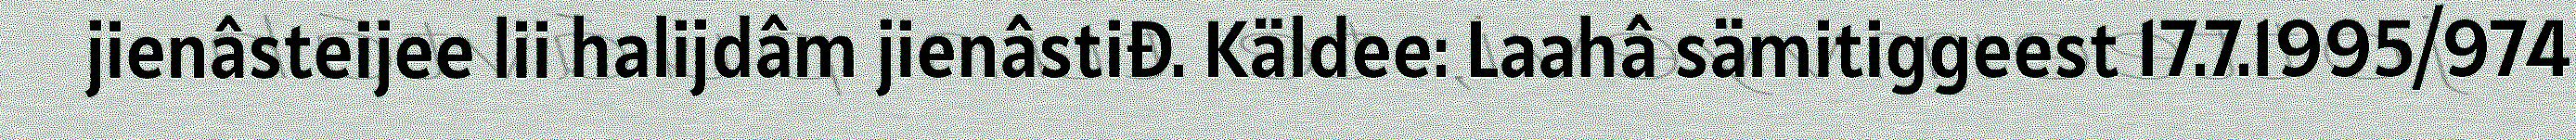
jienâsteijee lii halijdâm jienâstiđ. Käldee: Laahâ sämitiggeest 17.7.1995/974